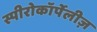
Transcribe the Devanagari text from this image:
स्पीरोकॉर्पेलीज़